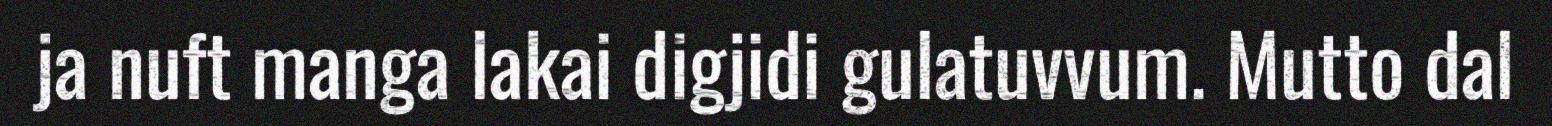
ja nuft manga lakai digjidi gulatuvvum. Mutto dal